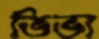
ভিভা